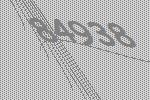
84938